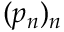
( p _ { n } ) _ { n }